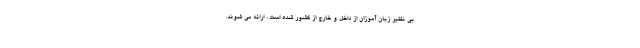
بی نظیر زبان آموزان از داخل و خارج از کشور شده است ، ارائه می شوند.